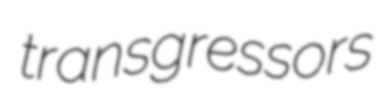
transgressors